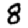
Digit: 8